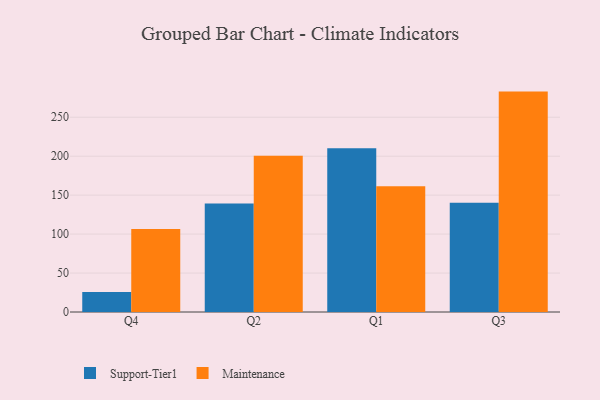
{"axis": {"x": "Quarter", "y": "Tickets Resolved"}, "legend": ["Maintenance", "Support-Tier1"], "data": [{"x": "Q4", "y": 25.6, "type": "Support-Tier1"}, {"x": "Q4", "y": 106.6, "type": "Maintenance"}, {"x": "Q2", "y": 139.3, "type": "Support-Tier1"}, {"x": "Q2", "y": 200.7, "type": "Maintenance"}, {"x": "Q1", "y": 210.3, "type": "Support-Tier1"}, {"x": "Q1", "y": 161.5, "type": "Maintenance"}, {"x": "Q3", "y": 140.3, "type": "Support-Tier1"}, {"x": "Q3", "y": 282.9, "type": "Maintenance"}]}